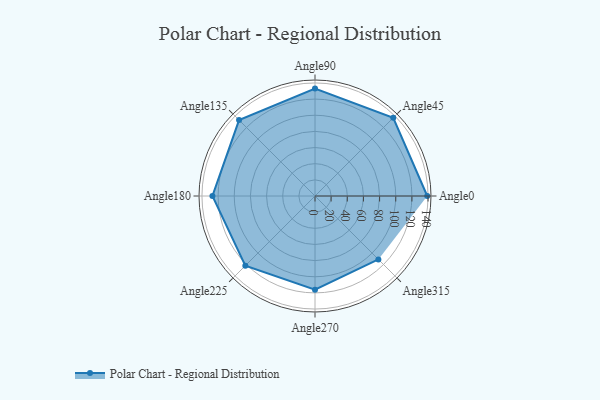
{"axis": {"x": "Angle", "y": "Radius"}, "legend": [""], "data": [{"x": "Angle0", "y": 139.0, "type": ""}, {"x": "Angle45", "y": 137.0, "type": ""}, {"x": "Angle90", "y": 133.0, "type": ""}, {"x": "Angle135", "y": 133.0, "type": ""}, {"x": "Angle180", "y": 127.0, "type": ""}, {"x": "Angle225", "y": 122.0, "type": ""}, {"x": "Angle270", "y": 116.0, "type": ""}, {"x": "Angle315", "y": 111.0, "type": ""}]}